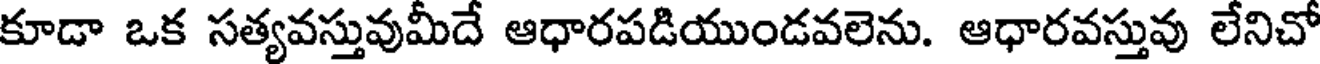
కూడా ఒక సత్యవస్తువుమీదే ఆధారపడియుండవలెను. ఆధారవస్తువు లేనిచో